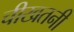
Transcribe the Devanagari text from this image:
चीखतनी